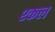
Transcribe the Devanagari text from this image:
श्कल